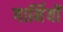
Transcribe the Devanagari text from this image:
गार्मियों